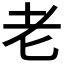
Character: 老